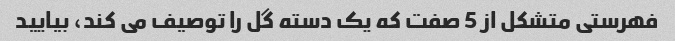
فهرستی متشکل از 5 صفت که یک دسته گل را توصیف می کند، بیایید